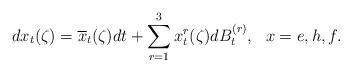
LaTeX: \begin{align*}dx_{t}(\zeta)=\overline{x}_{t}(\zeta)dt+\sum_{r=1}^{3}x_{t}^{r}(\zeta)dB_{t}^{(r)},\ \ x=e,h,f.\end{align*}